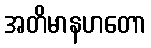
အတိမာနဟတော